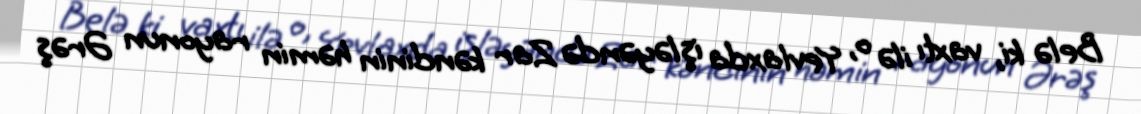
Belə ki, vaxtı ilə o, Yevlaxda işləyəndə Zar kəndinin həmin rayonun Ərəş